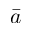
\bar { a }